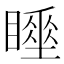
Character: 𥋍